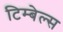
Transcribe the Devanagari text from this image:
टिम्बेल्स